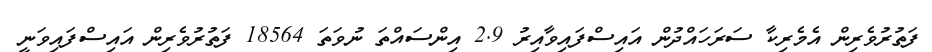
ފަތުރުވެރިން އެމެރިކާ ސަރަހައްދުން އައިސްފައިވާއިރު 2.9 އިންސައްތަ ނުވަތަ 18564 ފަތުރުވެރިން އައިސްފައިވަނީ